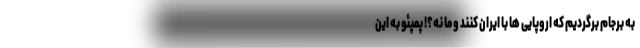
به برجام برگردیم که اروپایی ها با ایران کنند و ما نه؟! پمپئو به این